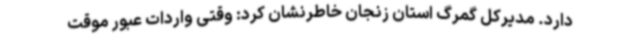
دارد. مدیرکل گمرگ استان زنجان خاطرنشان کرد: وقتی واردات عبور موقت